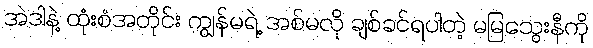
အဲဒါနဲ့ ထုံးစံအတိုင်း ကျွန်မရဲ့ အစ်မလို ချစ်ခင်ရပါတဲ့ မမြသွေးနီကို